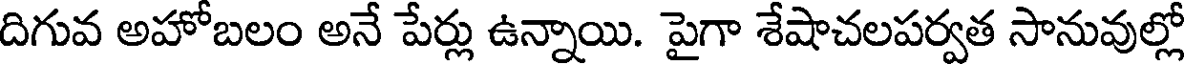
దిగువ అహోబలం అనే పేర్లు ఉన్నాయి. పైగా శేషాచలపర్వత సానువుల్లో